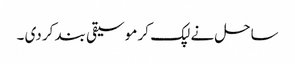
ساحل نے لپک کر موسیقی بند کر دی ۔